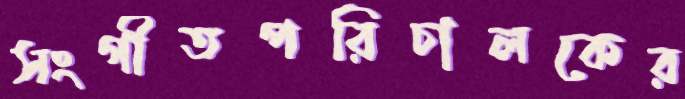
সংগীতপরিচালকের